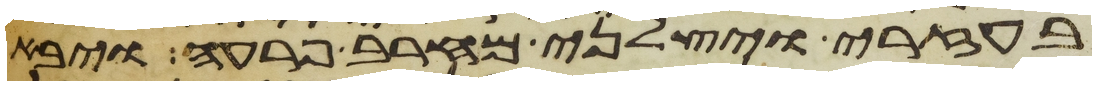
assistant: בעזרי ויצלני מחרב פרעה ויבא